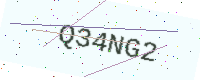
Text: Q34NG2